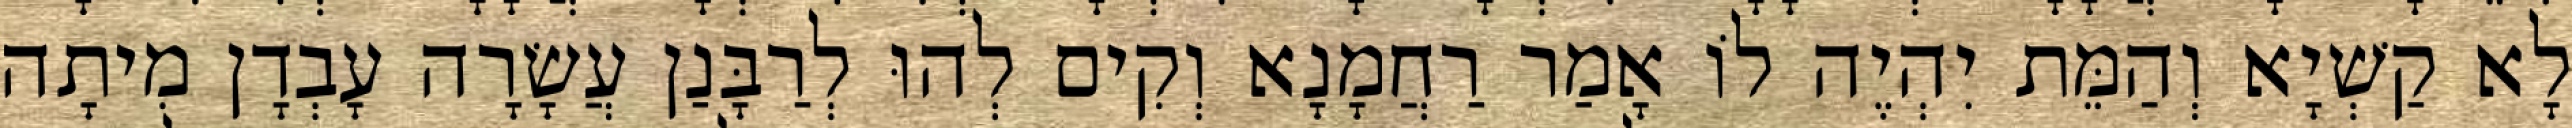
לָא קַשְׁיָא וְהַמֵּת יִהְיֶה לוֹ אָמַר רַחֲמָנָא וְקִים לְהוּ לְרַבָּנַן עֲשָׂרָה עָבְדָן מִיתָה